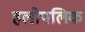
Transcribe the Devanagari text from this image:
हलोपलिक